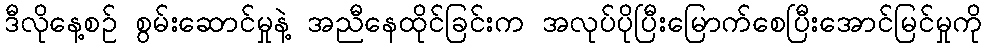
ဒီလိုနေ့စဉ် စွမ်းဆောင်မှုနဲ့ အညီနေထိုင်ခြင်းက အလုပ်ပိုပြီးမြောက်စေပြီးအောင်မြင်မှုကို